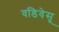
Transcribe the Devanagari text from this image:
वडिवेसू